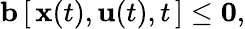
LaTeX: {\textbf{b}}\, [\, {\textbf{x}}(t),{\textbf{u}}(t),t\, ]\leq{\textbf{0}},